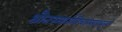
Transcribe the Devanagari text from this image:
श्रौतस्मार्तविचारसारचतुरो